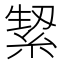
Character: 𮈛